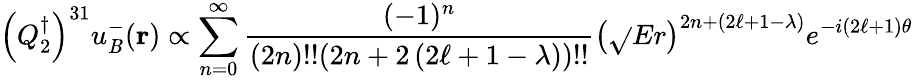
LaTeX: \left(Q_{2}^{\dagger}\right)^{31}u_{\mathit{B}}^{-}({\mathbf{r}})\propto\sum_{n=0}^{\infty}{\frac{{(-1)^{n}}}{{(2n)!!(2n+2\left(2\ell+1-\lambda\right))!!}}}\left(\sqrt{}{{E}}r\right)^{2n+\left(2\ell+1-\lambda\right)}e^{-i\left(2\ell+1\right)\theta}